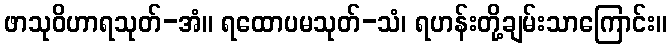
ဖာသုဝိဟာရသုတ်-အံ။ ရထောပမသုတ်-သံ၊ ရဟန်းတို့ချမ်းသာကြောင်း။